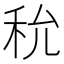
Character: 𥝲